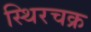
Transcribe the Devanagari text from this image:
स्थिरचक्र